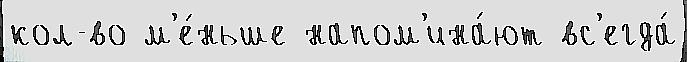
кол-во м'е́ньше напом'ина́ют вс'егда́